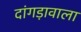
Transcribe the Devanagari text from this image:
दांगड़ावाला